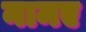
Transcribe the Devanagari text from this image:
नामए